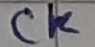
Text: Ck